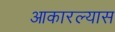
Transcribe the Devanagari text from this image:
आकारल्यास